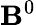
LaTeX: \mathbf{B}^{0}